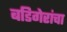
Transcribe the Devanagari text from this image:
बडिगेरांचा